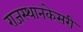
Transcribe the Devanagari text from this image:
राजस्थानकेसरी